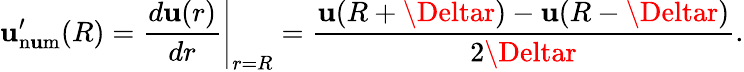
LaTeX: \mathbf{u}_{\mathrm{{n\mathbf{u}m}}}^{\prime}(R)=\left.\frac{{d\mathbf{u}(r)}}{{dr}}\right|_{r=R}=\frac{{\mathbf{u}(R+\Deltar)-\mathbf{u}(R-\Deltar)}}{{2\Deltar}}.